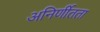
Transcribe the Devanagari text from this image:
अनिर्णीतता